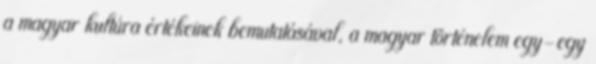
a magyar kultúra értékeinek bemutatásával, a magyar történelem egy-egy